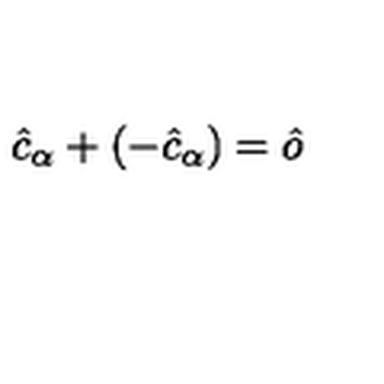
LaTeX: \hat { c } _ { \alpha } + ( - \hat { c } _ { \alpha } ) = \hat { o }